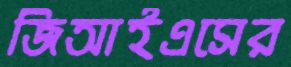
জিআইএসের